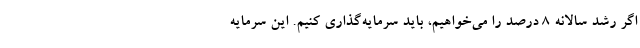
اگر رشد سالانه ۸ درصد را می‌خواهیم، باید سرمایه‌گذاری کنیم. این سرمایه